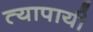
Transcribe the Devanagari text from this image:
त्यापायी